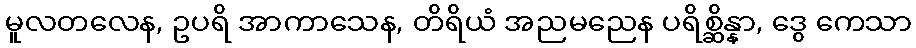
မူလတလေန, ဥပရိ အာကာသေန, တိရိယံ အညမညေန ပရိစ္ဆိန္နာ, ဒွေ ကေသာ